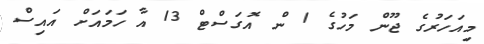
މިއަހަރުގެ ޖޫން މަހުގެ 1 ން އޮގަސްޓް 13 އާ ހަމައަށް އައިސް